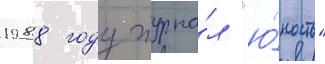
1988 году журна́л "ю́ность"